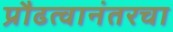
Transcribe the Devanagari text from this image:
प्रौढत्वानंतरचा